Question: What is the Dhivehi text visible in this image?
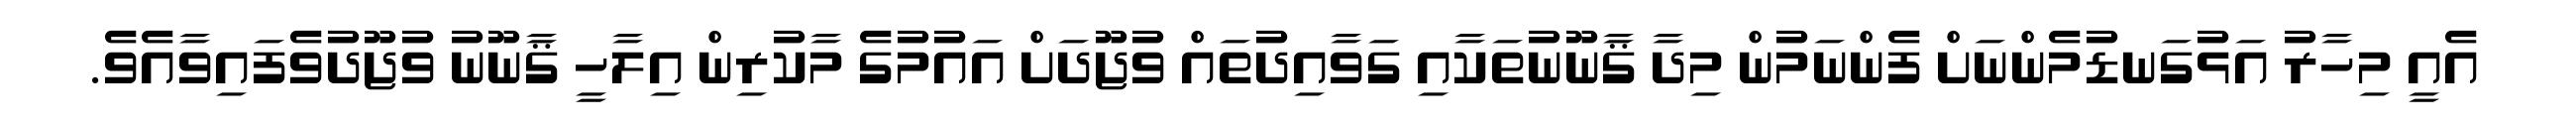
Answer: އެއީ މިހާރު އަޅުގަނޑުމެންނަށް ފެންނަމުން މިދާ ޤާނޫނުތަކާއި ގަވާއިދުތައް ވުޖޫދަށް އައުމުގެ މާކުރިން އިލާހީ ޤާނޫނު ވުޖޫދުވެފައިވާއެވެ.